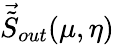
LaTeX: \vec{\tilde{S}}_{out}(\mu,\eta)